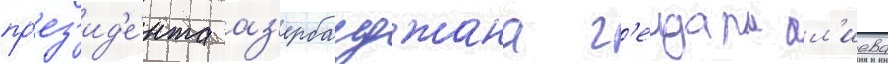
пр'ез'ид'е́нта аз'ербаиджана г'еидара ал'иева